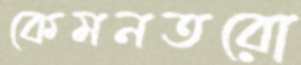
কেমনতরো